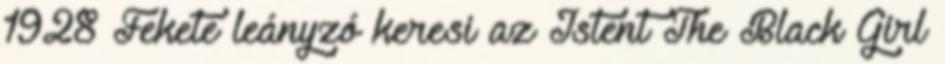
1928 Fekete leányzó keresi az Istent The Black Girl